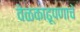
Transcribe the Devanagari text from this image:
वेळकाढूपणाचे